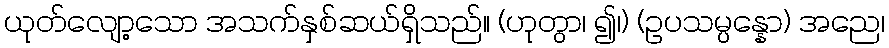
ယုတ်လျော့သော အသက်နှစ်ဆယ်ရှိသည်။ (ဟုတွာ၊ ၍၊) (ဥပသမ္ပန္နော) အညေ၊